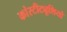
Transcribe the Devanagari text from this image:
कांस्टीट्यूशियो